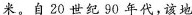
米。自20世纪90年代，该地